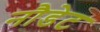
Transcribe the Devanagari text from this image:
नौडेट